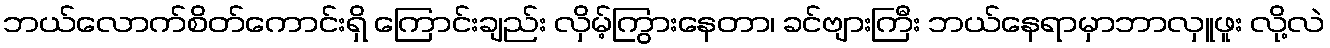
ဘယ်လောက်စိတ်ကောင်းရှိ ကြောင်းချည်း လှိမ့်ကြွားနေတာ၊ ခင်ဗျားကြီး ဘယ်နေရာမှာဘာလှူဖူး လို့လဲ